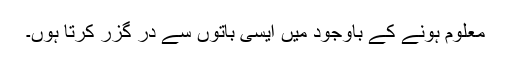
معلوم ہونے کے باوجود میں ایسی باتوں سے در گزر کرتا ہوں۔